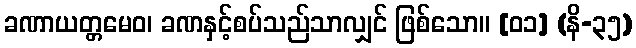
ခဏာယတ္တမေဝ၊ ခဏနှင့်စပ်သည်သာလျှင် ဖြစ်သော။ [၀၁] (နိ-၃၅)